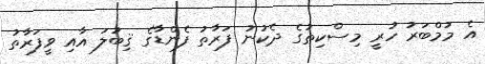
އެ މުމްބަރު ހުރީ މިސްކިތުގެ ދެކުނު ފަރާތު ފެންޑާގެ ޤިބުލަ އާއި ވީފަރާތު